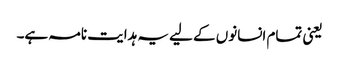
یعنی تمام انسانوں کے لیے یہ ہدایت نامہ ہے۔